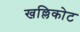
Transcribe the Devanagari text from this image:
खल्लिकोट